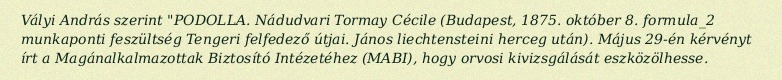
Vályi András szerint "PODOLLA. Nádudvari Tormay Cécile (Budapest, 1875. október 8. formula_2 munkaponti feszültség Tengeri felfedező útjai. János liechtensteini herceg után). Május 29-én kérvényt írt a Magánalkalmazottak Biztosító Intézetéhez (MABI), hogy orvosi kivizsgálását eszközölhesse.